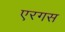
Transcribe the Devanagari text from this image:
एरगस